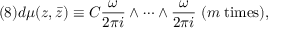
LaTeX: ( 8 ) d \mu ( z , \bar { z } ) \equiv C \frac { \omega } { 2 \pi i } \wedge \cdots \wedge \frac { \omega } { 2 \pi i } \; ( m \; \mathrm { t i m e s } ) ,